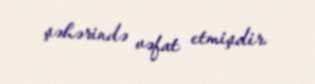
şəhərində vəfat etmişdir.